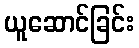
ယူဆောင်ခြင်း